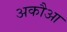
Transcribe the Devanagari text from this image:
अकौआ